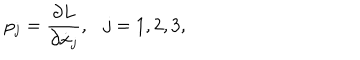
p _ { j } = { \frac { \partial L } { \partial \dot { x } _ { j } } } , \ \ \ j = 1 , 2 , 3 ,